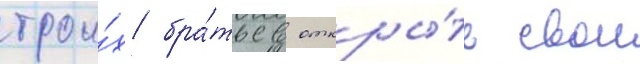
трои́х бра́тьев откры́ть свои